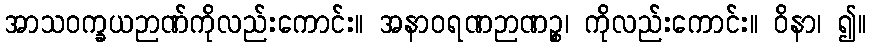
အာသဝက္ခယဉာဏ်ကိုလည်းကောင်း။ အနာဝရဏဉာဏဉ္စ၊ ကိုလည်းကောင်း။ ဝိနာ၊ ၍။